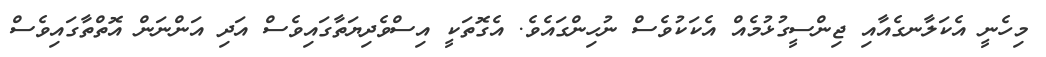
މިހެނީ އެކަލާނގެއާއި ޖިންސީގުޅުމެއް އެކަކުވެސް ނުހިންގައެވެ. އެގޮތަކީ އިސްވެދިޔަތާގައިވެސް އަދި އަންނަން އޮތްތާގައިވެސް